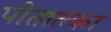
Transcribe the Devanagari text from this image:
पोताल्का